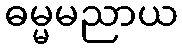
ဓမ္မမညာယ